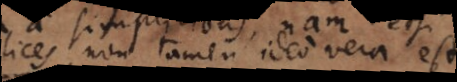
simplices, non tamen ideo vera est